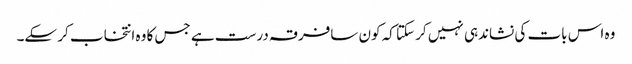
وہ اس بات کی نشاندہی نہیں کر سکتا کہ کون سافرقہ درست ہے جس کا وہ انتخاب کر سکے۔